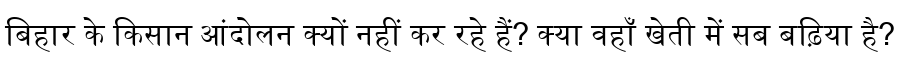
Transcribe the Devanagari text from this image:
बिहार के किसान आंदोलन क्यों नहीं कर रहे हैं? क्या वहाँ खेती में सब बढ़िया है?